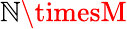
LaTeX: \mathbb{N}\timesM